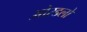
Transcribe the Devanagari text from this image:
ओरडलो